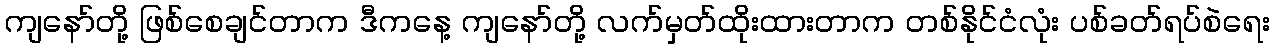
ကျနော်တို့ ဖြစ်စေချင်တာက ဒီကနေ့ ကျနော်တို့ လက်မှတ်ထိုးထားတာက တစ်နိုင်ငံလုံး ပစ်ခတ်ရပ်စဲရေး